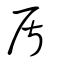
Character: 盾